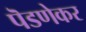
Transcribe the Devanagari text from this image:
पॆडणेकर